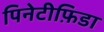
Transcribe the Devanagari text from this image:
पिनेटीफ़िडा